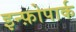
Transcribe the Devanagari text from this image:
इन्फ़ोपार्क